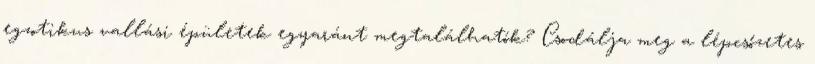
egzotikus vallási épületek egyaránt megtalálhatók? Csodálja meg a lépcsőzetes